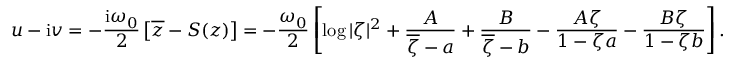
u - \mathrm { i } v = - { \frac { \mathrm { i } \omega _ { 0 } } { 2 } } \left[ \overline { { z } } - S ( z ) \right] = - { \frac { \omega _ { 0 } } { 2 } } \left[ \log | \zeta | ^ { 2 } + { \frac { A } { \overline { { \zeta } } - a } } + { \frac { B } { \overline { { \zeta } } - b } } - { \frac { A \zeta } { 1 - \zeta a } } - { \frac { B \zeta } { 1 - \zeta b } } \right] .